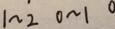
1 \sim 2 0 \sim 1 0